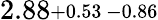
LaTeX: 2.88\substack{+0.53\, -0.86}